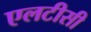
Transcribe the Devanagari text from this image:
एलटीसी